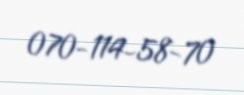
070-114-58-70